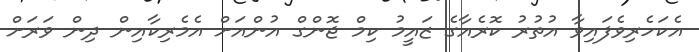
އެކަހެރިވެފައިވާ އުތުރު ކޮރެއާގެ ޒައީމު ކިމް ޖޮންގް އުންއަށް އެމެރިކާއިން ދިން ވަރަށް